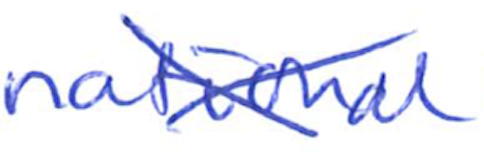
Text: national
Cross-out: cross
Writing tool: ballpoint